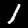
Label: 1